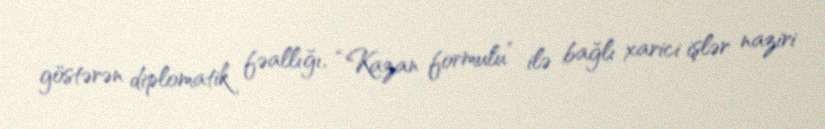
göstərən diplomatik fəallığı, “Kazan formulu” ilə bağlı xarici işlər naziri